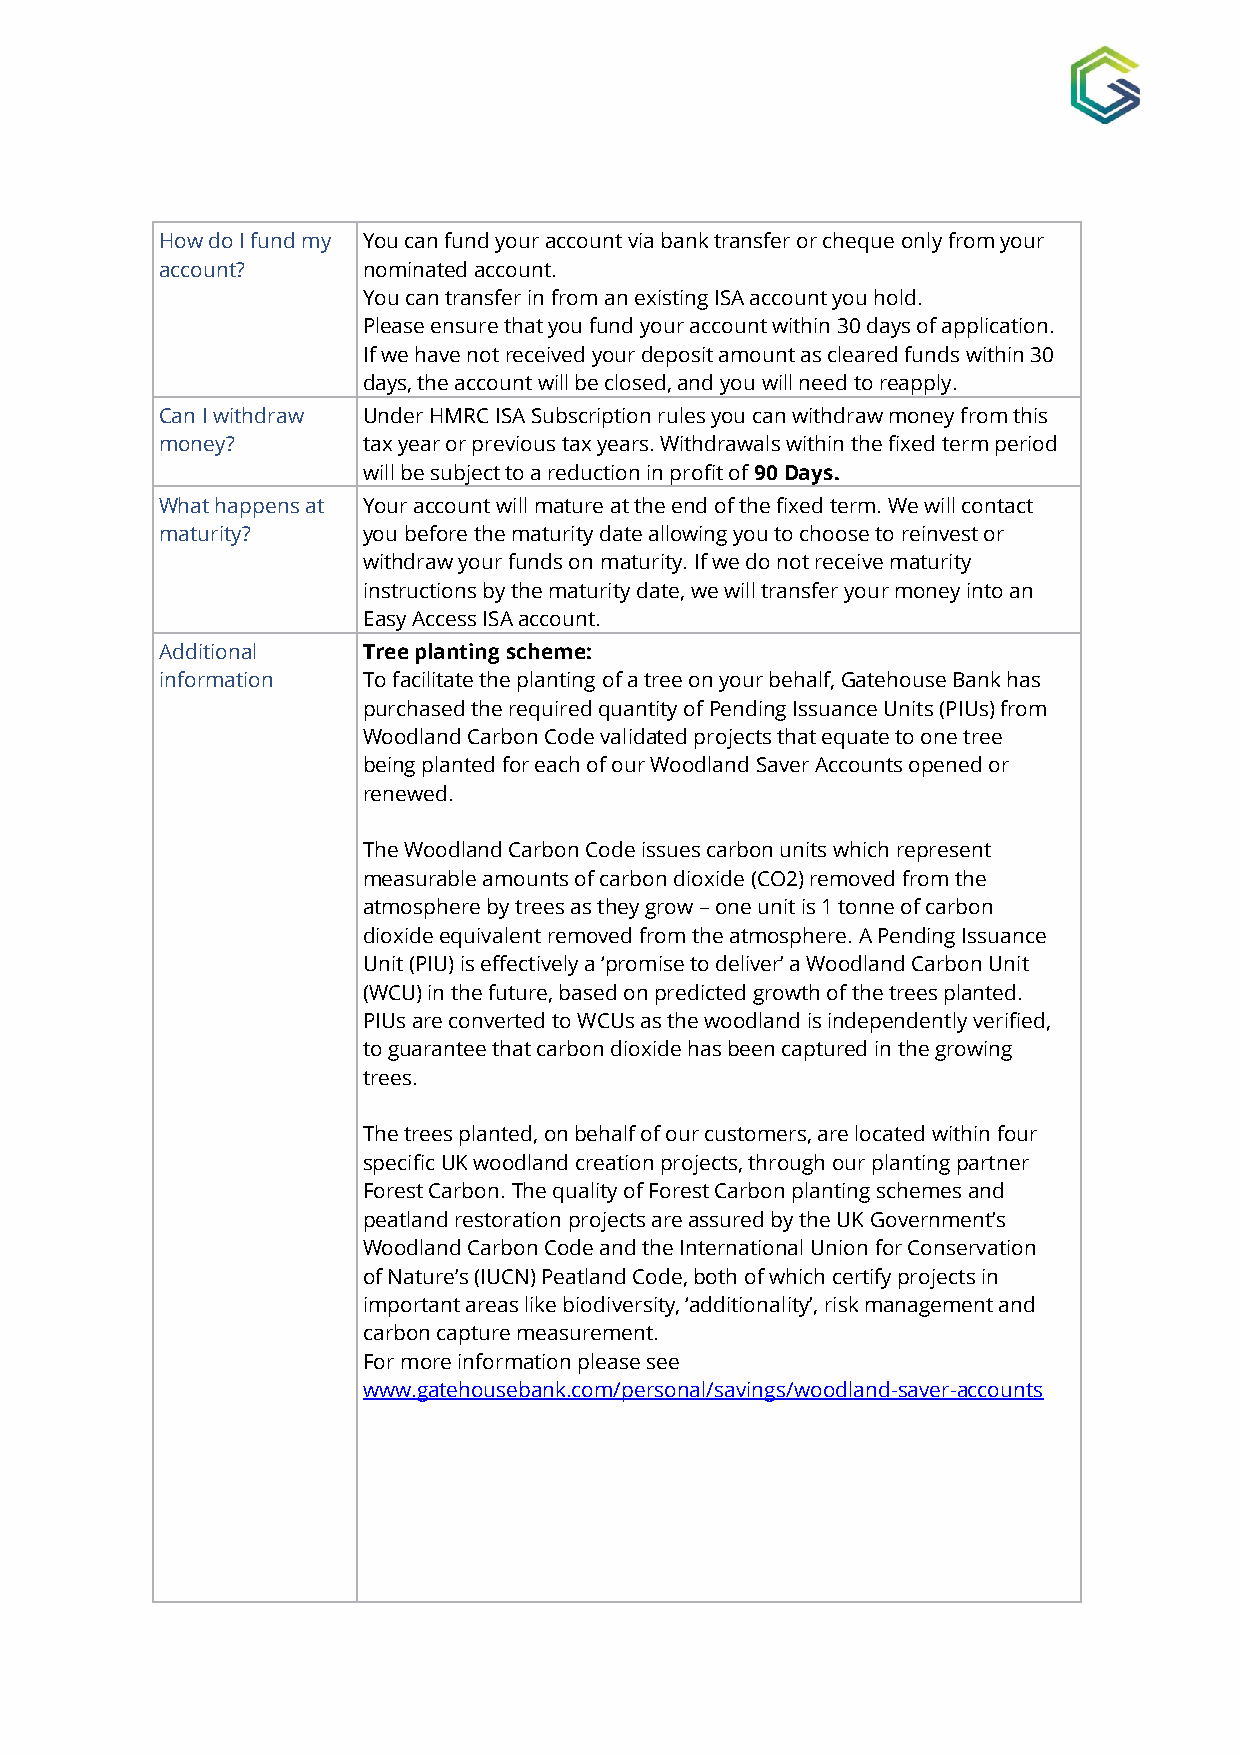
How do I fund my You can fund your account via bank transfer or cheque only from your
 account?     nominated account.
 You can transfer in from an existing ISA account you hold.
 Please ensure that you fund your account within 30 days of application.
 If we have not received your deposit amount as cleared funds within 30
 days, the account will be closed, and you will need to reapply.
 Can I withdraw Under HMRC ISA Subscription rules you can withdraw money from this
 money?       tax year or previous tax years. Withdrawals within the fixed term period
 w ill be subject to a reduction in profit of 90 Days.
 What happens at Your account will mature at the end of the fixed term. We will contact
 maturity?    you before the maturity date allowing you to choose to reinvest or
 withdraw your funds on maturity. If we do not receive maturity
 instructions by the maturity date, we will transfer your money into an
 Easy Access ISA account.
 Additional   Tree planting scheme:
 information  To facilitate the planting of a tree on your behalf, Gatehouse Bank has
 purchased the required quantity of Pending Issuance Units (PIUs) from
 Woodland Carbon Code validated projects that equate to one tree
 being planted for each of our Woodland Saver Accounts opened or
 renewed.
 The Woodland Carbon Code issues carbon units which represent
 measurable amounts of carbon dioxide (CO2) removed from the
 atmosphere by trees as they grow – one unit is 1 tonne of carbon
 dioxide equivalent removed from the atmosphere. A Pending Issuance
 Unit (PIU) is effectively a ‘promise to deliver’ a Woodland Carbon Unit
 (WCU) in the future, based on predicted growth of the trees planted.
 PIUs are converted to WCUs as the woodland is independently verified,
 to guarantee that carbon dioxide has been captured in the growing
 trees.
 The trees planted, on behalf of our customers, are located within four
 specific UK woodland creation projects, through our planting partner
 Forest Carbon. The quality of Forest Carbon planting schemes and
 peatland restoration projects are assured by the UK Government’s
 Woodland Carbon Code and the International Union for Conservation
 of Nature’s (IUCN) Peatland Code, both of which certify projects in
 important areas like biodiversity, ‘additionality’, risk management and
 carbon capture measurement.
 For more information please see
 www.gatehousebank.com/personal/savings/woodland-saver-accounts